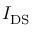
I _ { \mathrm { D S } }